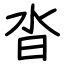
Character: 沓